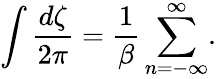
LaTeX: \int{\frac{d\zeta}{2\pi}}={\frac{1}{\beta}}\sum_{n=-\infty}^{\infty}.